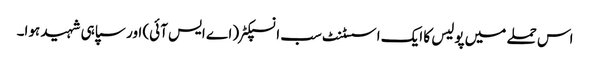
اس حملے میں پولیس کا ایک اسسٹنٹ سب انسپکٹر (اے ایس آئی) اور سپاہی شہید ہوا۔